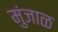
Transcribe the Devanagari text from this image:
मुंजाळ